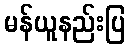
မန်ယူနည်းပြ